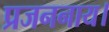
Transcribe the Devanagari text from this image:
प्रजननाय।